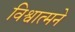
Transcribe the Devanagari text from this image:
विश्वात्मने